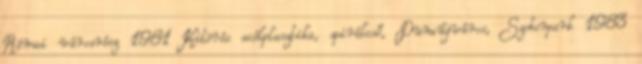
Római városrész 1981 Kitörés acélplasztika, spirálcső, Dunaújváros, Szoborpark 1983